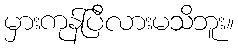
မှားကုန်ပြီလားမသိဘူး။